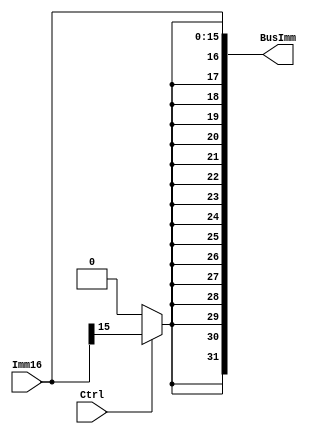
module SignExtender(BusImm, Imm16, Ctrl);
output [31:0] BusImm;
input [15:0] Imm16;
input Ctrl;

wire extBit;

// if Ctrl is 1, zero extend. if Ctrl is 0, sign extend
assign #1 extBit = (Ctrl ?  Imm16[15] : 1'b0);

// put the first 16 bits to the value of extBit,
// then concatenate with Imm16
assign BusImm = {{16{extBit}}, Imm16};

endmodule